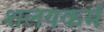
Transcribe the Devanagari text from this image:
शलयकर्म